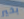
بخير